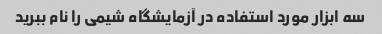
سه ابزار مورد استفاده در آزمایشگاه شیمی را نام ببرید